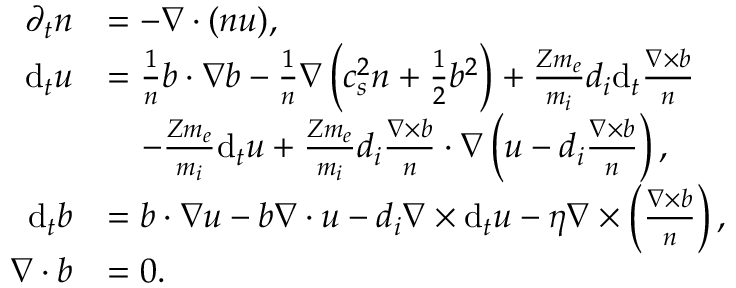
\begin{array} { r l } { \partial _ { t } n } & { = - \nabla \cdot ( n \boldsymbol { u } ) , } \\ { \mathrm { d } _ { t } \boldsymbol { u } } & { = \frac { 1 } { n } \boldsymbol { b } \cdot \nabla \boldsymbol { b } - \frac { 1 } { n } \nabla \left( c _ { s } ^ { 2 } n + \frac { 1 } { 2 } b ^ { 2 } \right) + \frac { Z m _ { e } } { m _ { i } } d _ { i } \mathrm { d } _ { t } \frac { \nabla \times \boldsymbol { b } } { n } } \\ & { \quad - \frac { Z m _ { e } } { m _ { i } } \mathrm { d } _ { t } \boldsymbol { u } + \frac { Z m _ { e } } { m _ { i } } d _ { i } \frac { \nabla \times \boldsymbol { b } } { n } \cdot \nabla \left( \boldsymbol { u } - d _ { i } \frac { \nabla \times \boldsymbol { b } } { n } \right) , } \\ { \mathrm { d } _ { t } \boldsymbol { b } } & { = \boldsymbol { b } \cdot \nabla \boldsymbol { u } - \boldsymbol { b } \nabla \cdot \boldsymbol { u } - d _ { i } \nabla \times \mathrm { d } _ { t } \boldsymbol { u } - \eta \nabla \times \left( \frac { \nabla \times \boldsymbol { b } } { n } \right) , } \\ { \nabla \cdot \boldsymbol { b } } & { = 0 . } \end{array}